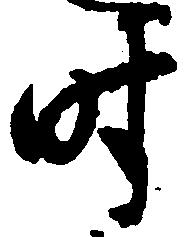
時